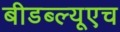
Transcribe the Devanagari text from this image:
बीडब्ल्यूएच